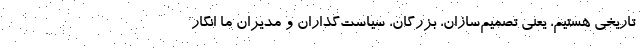
تاریخی هستیم، یعنی تصمیم‌سازان، بزرگان، سیاست‌گذاران و مدیران ما انگار